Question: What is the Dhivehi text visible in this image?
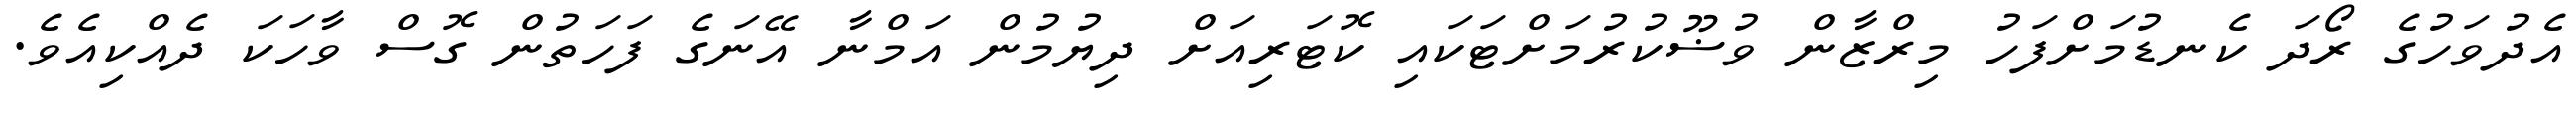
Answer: އެދުވަހުގެ ރޯދަ ކެނޑުމަށްފަހު މިރްޒާން ވުޟޫކުރުމަށްޓަކައި ކޮޓަރިއަށް ދިޔުމުން އަމްނާ އޭނަގެ ފަހަތުން ގޮސް ވާހަކަ ދެއްކިއެވެ.